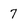
Character: 7